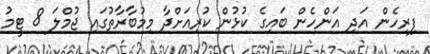
ފިރިހެން އަދި އަންހެން ބައިގެ ކުޅުން ކުރިއަށްދާ މިމުބާރާތުގައި ޖުމްލަ 8 ޓީމު